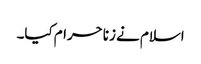
اسلام نے زنا حرام کیا۔